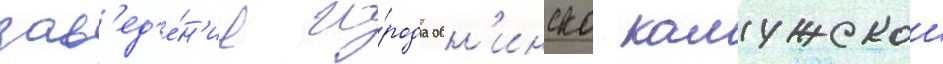
зав'ед'е́н'ие го́рода обн'инска калужскои